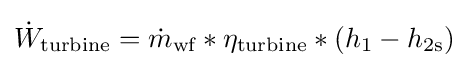
{\dot {W}}_{\text{turbine}}={\dot {m}}_{\text{wf}}*\eta _{\text{turbine}}*(h_{1}-h_{\text{2s}})